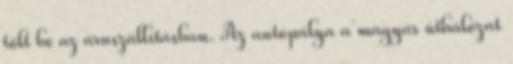
tölt be az áruszállításban. Az autópálya a magyar úthálózat